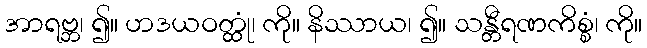
အာရဗ္ဘ၊ ၍။ ဟဒယဝတ္ထုံ၊ ကို။ နိဿာယ၊ ၍။ သန္တီရဏကိစ္စံ၊ ကို။